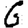
Digit: 6